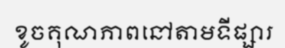
ខូចគុណភាពនៅតាមទីផ្សារ